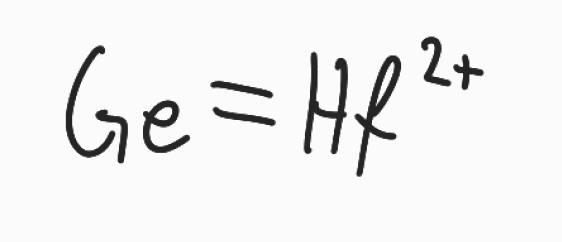
Simplified molecular-input line-entry system (SMILES) notation of the given molecule:
[Ge]=[Hf+2]